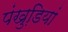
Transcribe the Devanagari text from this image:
पंखुडि़यां